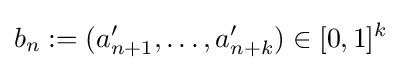
b_{n}:=(a'_{n+1},\dots ,a'_{n+k})\in [0,1]^{k}